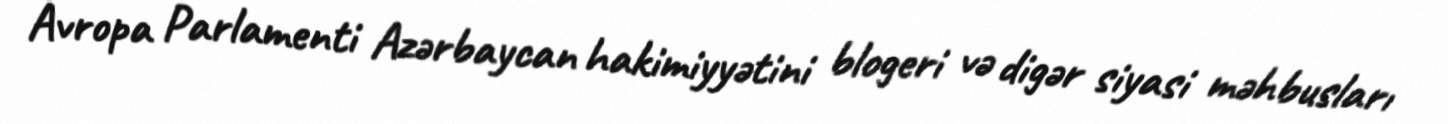
Avropa Parlamenti Azərbaycan hakimiyyətini blogeri və digər siyasi məhbusları